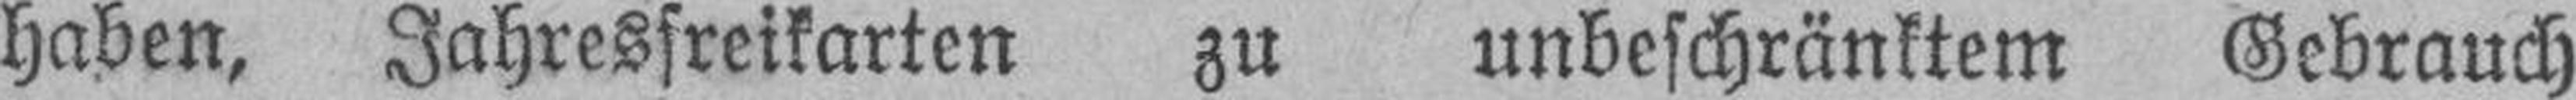
haben, Jahresfreikarten zu unbeschränktem Gebrauch